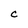
Character: C